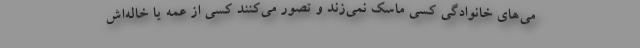
می‌های خانوادگی کسی ماسک نمی‌زند و تصور می‌کنند کسی از عمه یا خاله‌اش